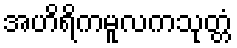
အဟိရိကမူလကသုတ္တံ